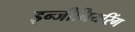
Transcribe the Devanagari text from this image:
इन्‍जीनियरिंग